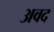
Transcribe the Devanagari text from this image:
अवद